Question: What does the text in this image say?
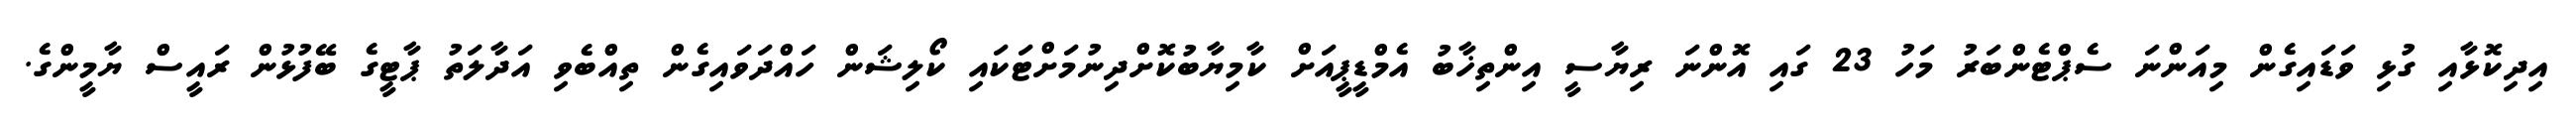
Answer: އިދިކޮޅާއި ގުޅި ވަޑައިގެން މިއަންނަ ސެޕްޓެންބަރު މަހު 23 ގައި އޮންނަ ރިޔާސީ އިންތިޚާބު އެމްޑީޕީއަށް ކާމިޔާބުކޮށްދިނުމަށްޓަކައި ކޯލިޝަން ހައްދަވައިގެން ތިއްބެވި އަދާލަތު ޕާޓީގެ ބޭފުޅުން ރައީސް ޔާމީންގެ.